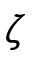
\zeta